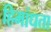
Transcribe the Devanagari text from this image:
हिमांधता